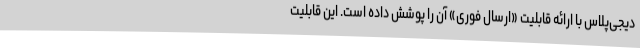
دیجی‌پلاس با ارائه قابلیت «ارسال فوری» آن را پوشش داده است. این قابلیت